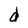
Character: d